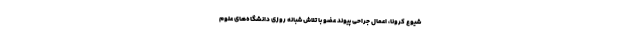
شیوع کرونا، اعمال جراحی پیوند عضو با تلاش شبانه روزی دانشگاه‌های علوم